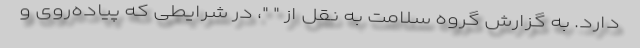
دارد. به گزارش گروه سلامت به نقل از " "، در شرایطی که پیاده‌روی و